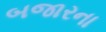
બજારના